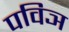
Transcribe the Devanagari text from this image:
पविञ